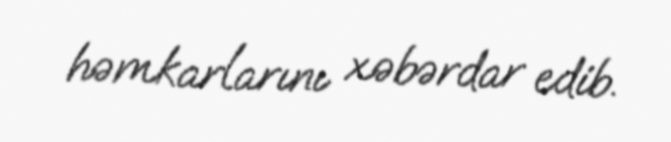
həmkarlarını xəbərdar edib.